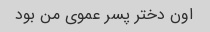
اون دختر پسر عموی من بود